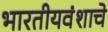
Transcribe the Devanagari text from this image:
भारतीयवंशाचे